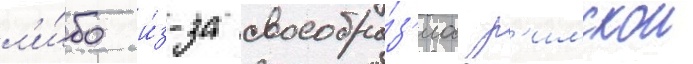
л'и́бо и́з-за своеобра́з'иа р'имскои